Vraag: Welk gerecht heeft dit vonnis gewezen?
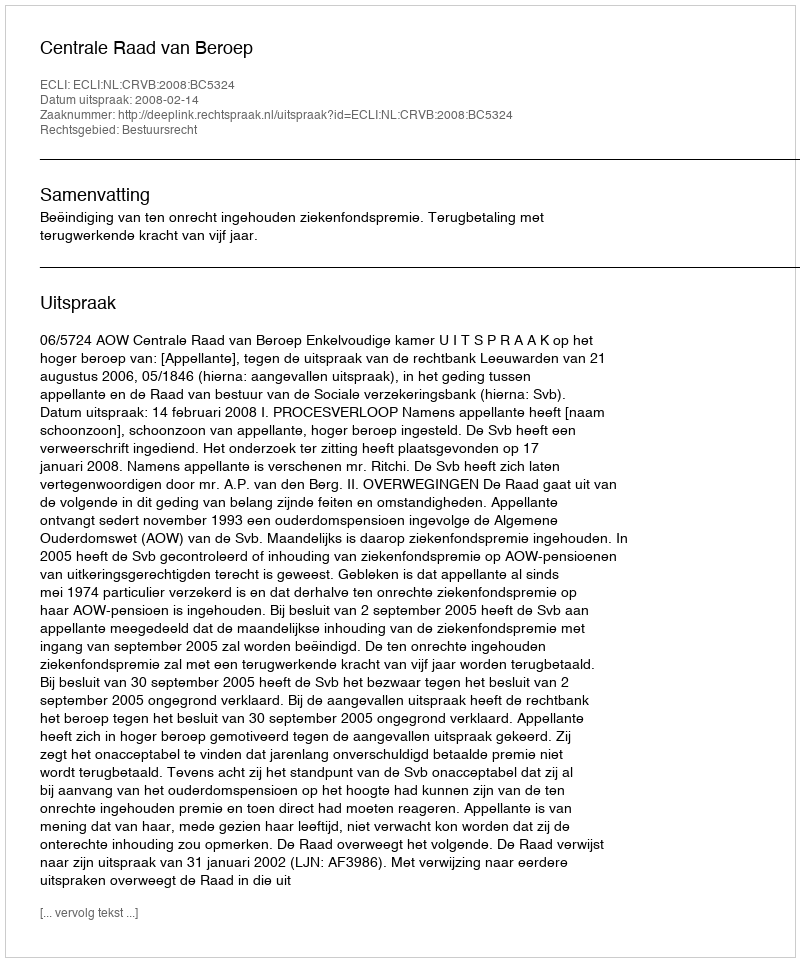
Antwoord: Centrale Raad van Beroep